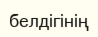
белдігінің